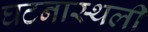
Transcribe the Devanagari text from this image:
घटनास्थली